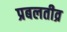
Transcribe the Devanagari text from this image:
प्रबलतीव्र